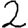
Digit: 2